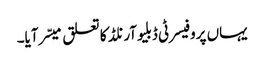
یہاں پروفیسر ٹی ڈبلیوآرنلڈ کا تعلق میسّر آیا۔